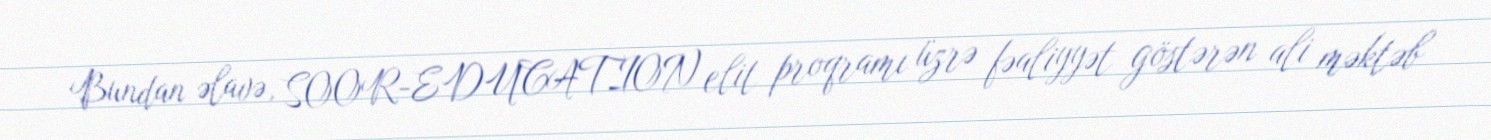
Bundan əlavə, SOOR-EDUCATION elit proqramı üzrə fəaliyyət göstərən ali məktəb